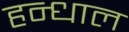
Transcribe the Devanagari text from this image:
हन्धाल